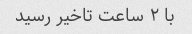
با ۲ ساعت تاخیر رسید